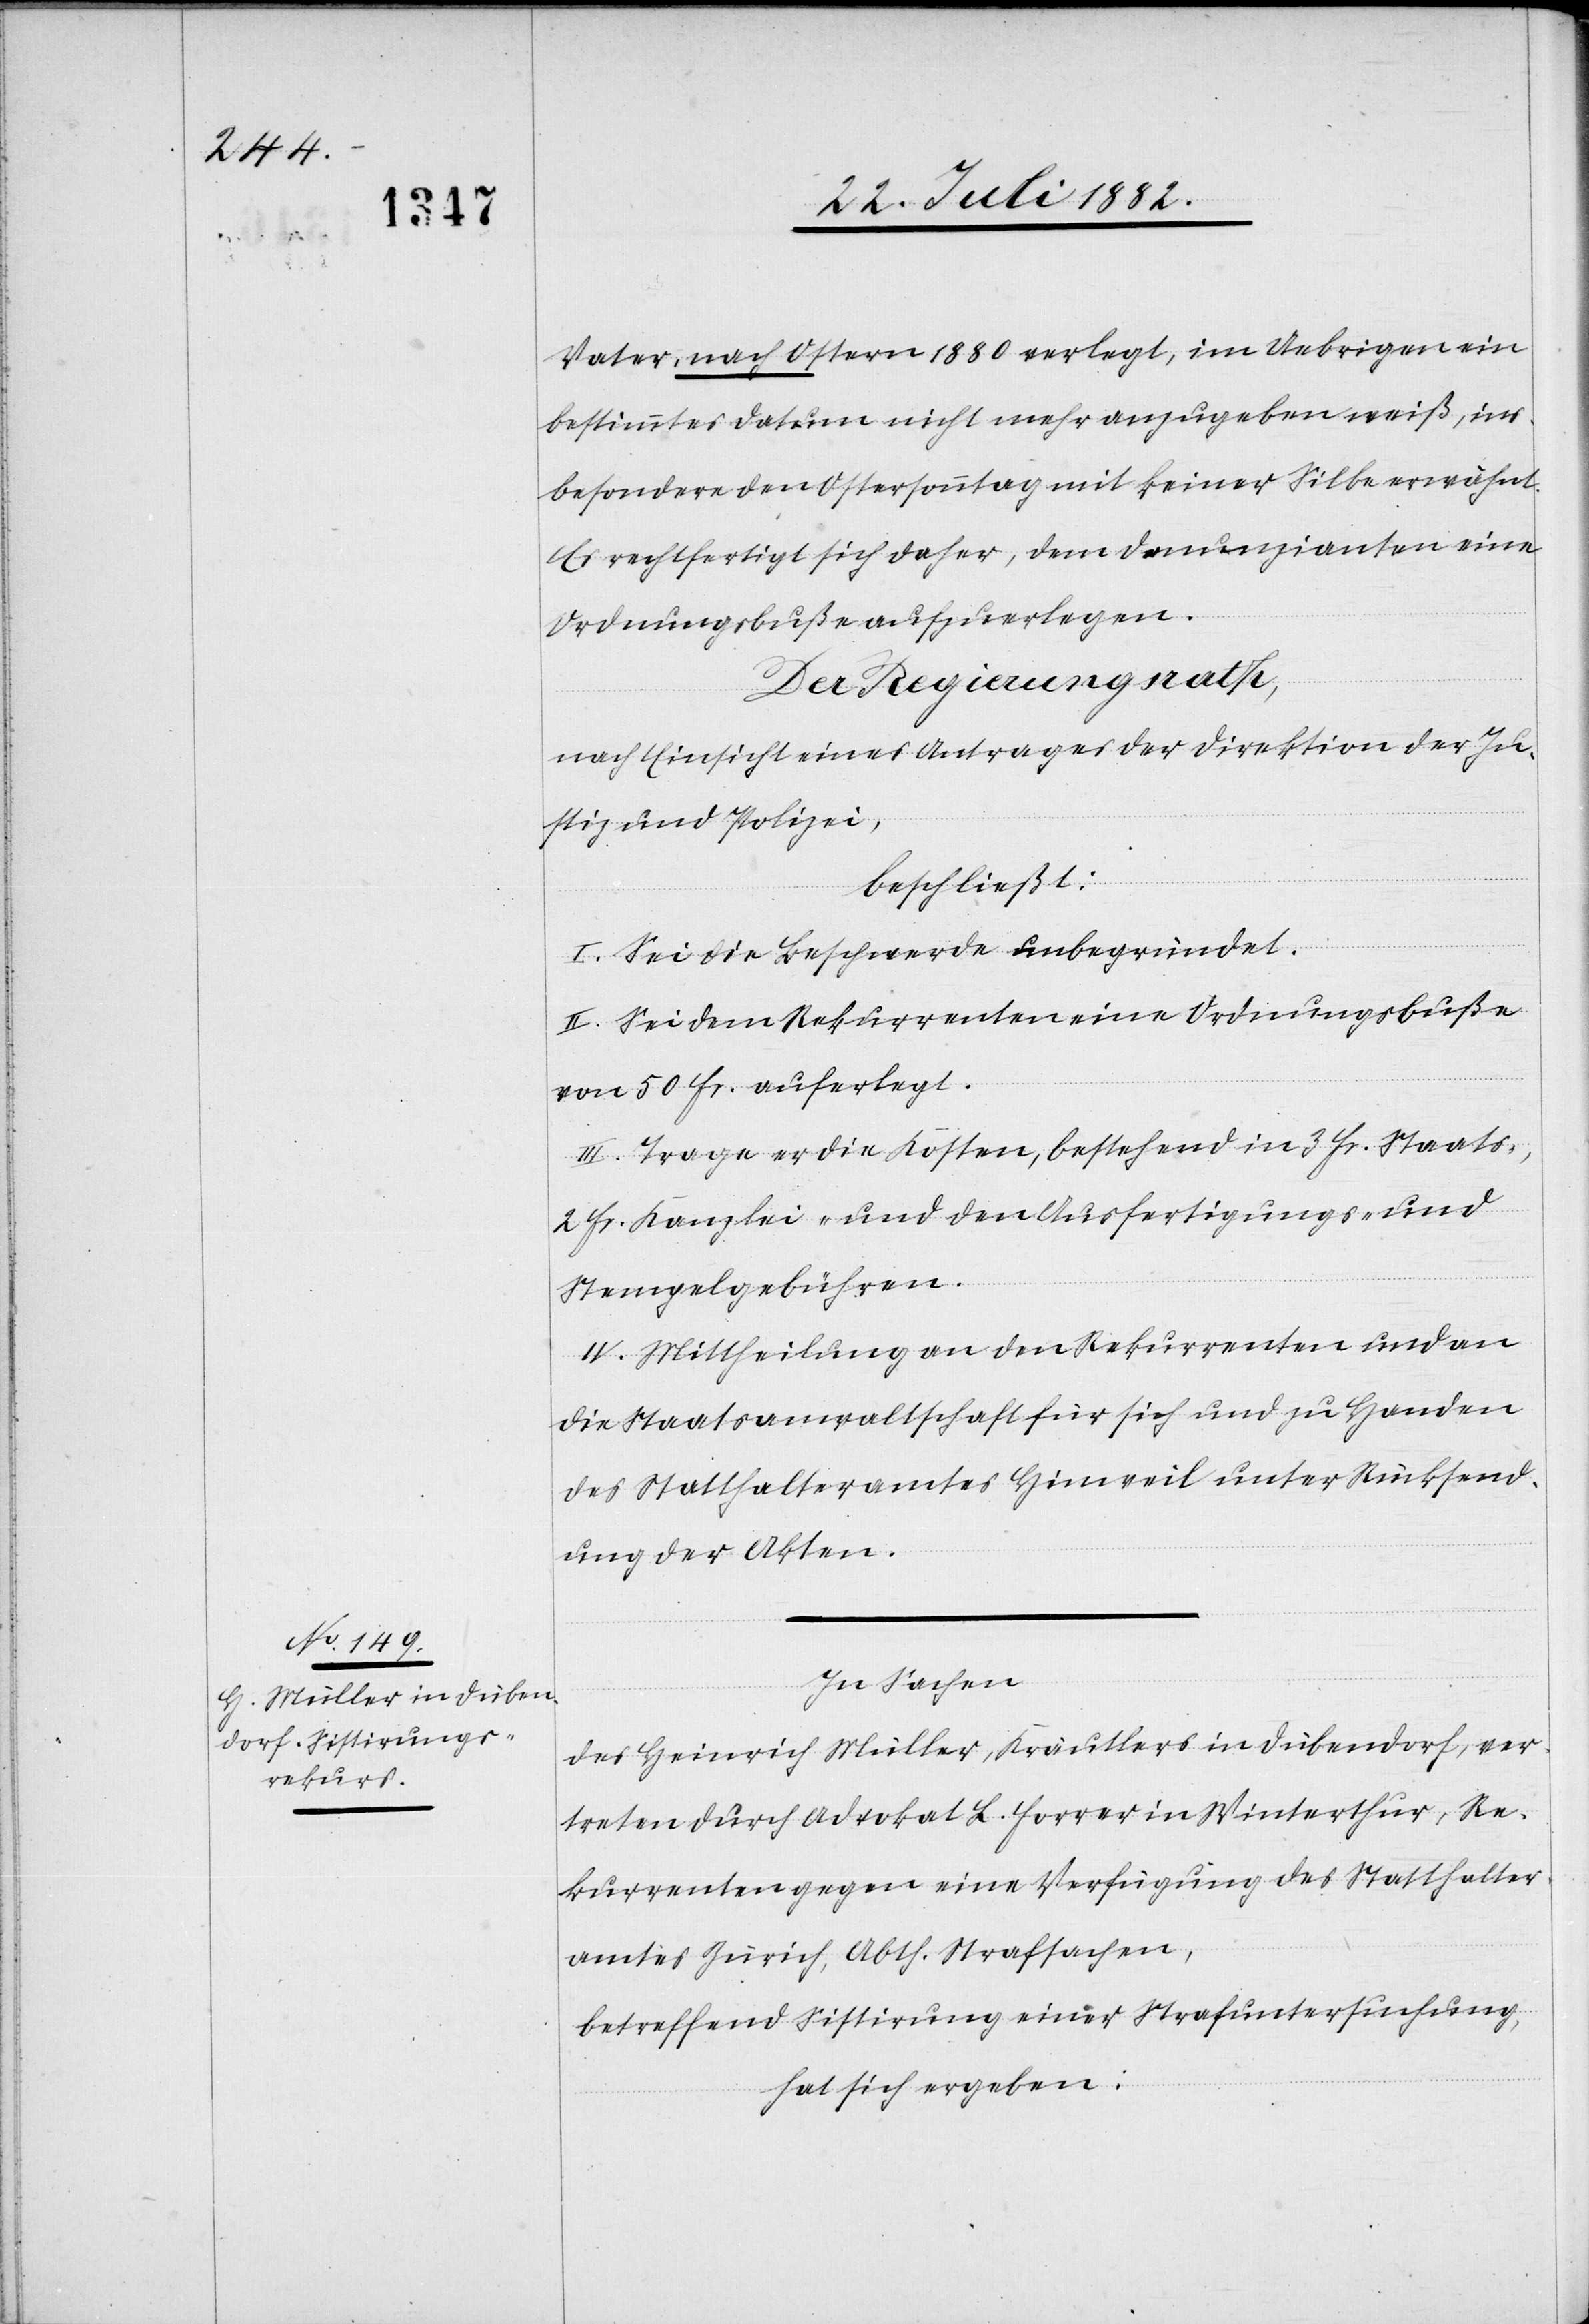
Vater, nach Ostern 1880 verlegt, im Uebrigen ein
bestimmtes Datum nicht mehr anzugeben weiß, ins¬
besondere den Ostersonntag mit keiner Silbe erwähnt.
Es rechtfertigt sich daher, dem Denunzianten eine
Ordnungsbuße aufzuerlegen.
Der Regierungsrath,
nach Einsicht eines Antrages der Direktion der Ju¬
stiz & Polizei,
beschließt:
I. Sei die Beschwerde unbegründet.
II. Sei dem Rekurrenten eine Ordnungsbuße
von 50 Fr. auferlegt.
III. Trage er die Kosten, bestehend in 3 Fr. Staats-,
2 Fr. Kanzlei- und den Ausfertigungs- und
Stempelgebühren.
IV. Mittheilung an den Rekurrenten und an
die Staatsanwaltschaft für sich und zu Handen
des Statthalteramtes Hinweil unter Rücksend¬
ung der Akten.
In Sachen
des Heinrich Müller, Kräutlers in Dübendorf, ver¬
treten durch Advokat L. Forrer in Winterthur, Re¬
kurrenten gegen eine Verfügung des Statthalter¬
amtes Zürich, Abth. Strafsachen,
betreffend Sistirung einer Strafuntersuchung,
hat sich ergeben: